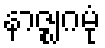
နာဇ္ဈဂမုံ